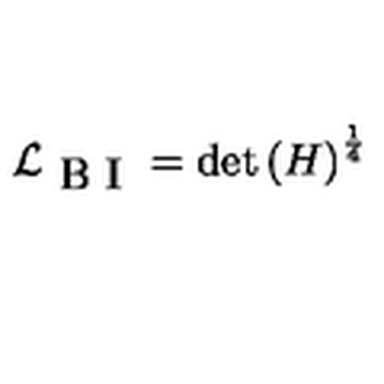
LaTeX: \mathcal { L } _ { \textrm { B I } } = \det \left( H \right) ^ { \frac { 1 } { 4 } }